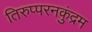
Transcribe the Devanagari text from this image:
तिरुप्परनकुंद्रम